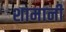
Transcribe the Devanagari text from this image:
शामानी